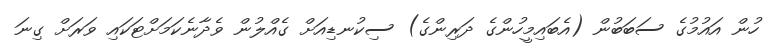
ހުން އައުމުގެ ސަބަބުން (އެބައިމީހުންގެ ދަރިންގެ) ސިކުނޑިއަށް ގެއްލުން ވެދާނެކަމަށްޓަކައި ވަރަށް ގިނަ